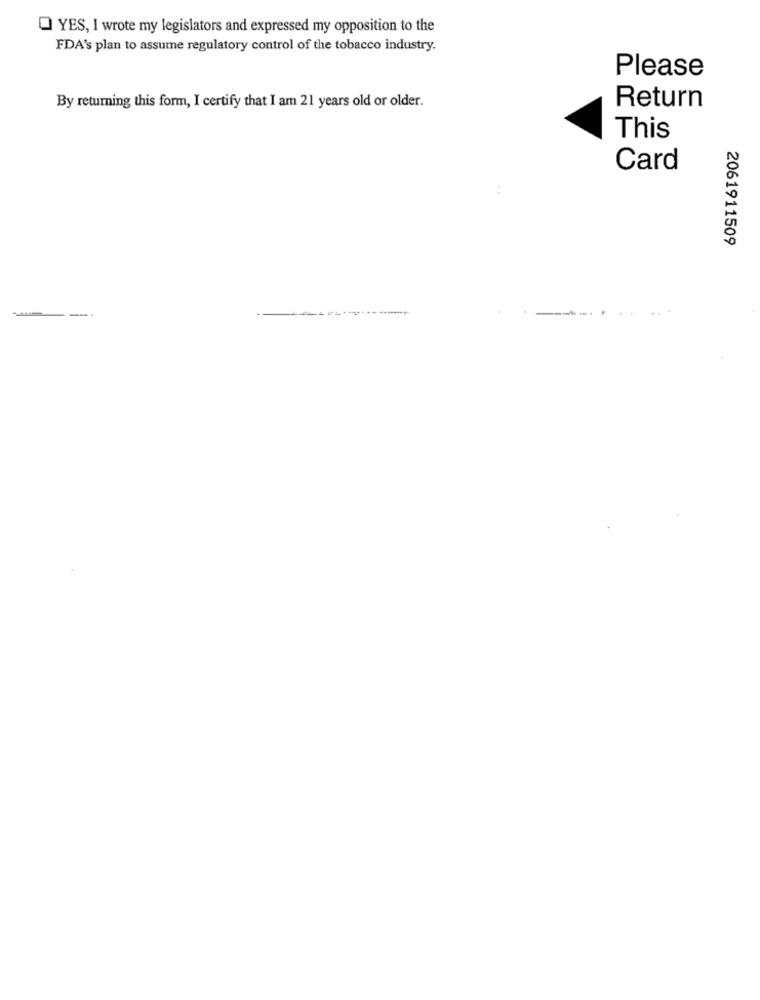
Q YES, I wrote my legislators and expressed my opposition to the
FDA's plan to assume regulatory control of the tobacco industry.
Please
Return
By returning this form, I certify that I am 21 years old or older.
This
Card
..
2061911509